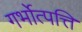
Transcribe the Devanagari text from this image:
गर्भोत्पत्ति